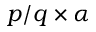
p / q \times \alpha